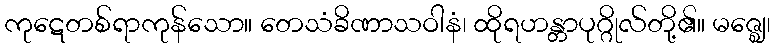
ကုဋေတစ်ရာကုန်သော။ တေသံခိဏာသဝါနံ၊ ထိုရဟန္တာပုဂ္ဂိုလ်တို့၏။ မဇ္ဈေ၊